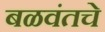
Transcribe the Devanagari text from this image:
बळवंतचे